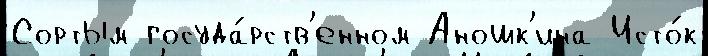
Сортым госуда́рств'енном Аношк'ина Исто́к